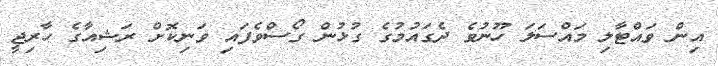
އިން ވައްޓާލި މައްސަލަ ހޫނުވެ ދެގައުމުގެ ގުޅުން ގޯސްވެފައި ވަނިކޮށް ރަޝިއާގެ ހާރިޖީ